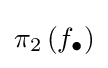
\pi _{2}\left(f_{\bullet }\right)